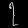
Digit: ၇